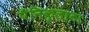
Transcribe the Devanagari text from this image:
पैनिकुलाटा